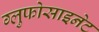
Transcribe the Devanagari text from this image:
ग्लुफोसाइनेट